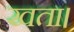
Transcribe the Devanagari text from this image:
खता।